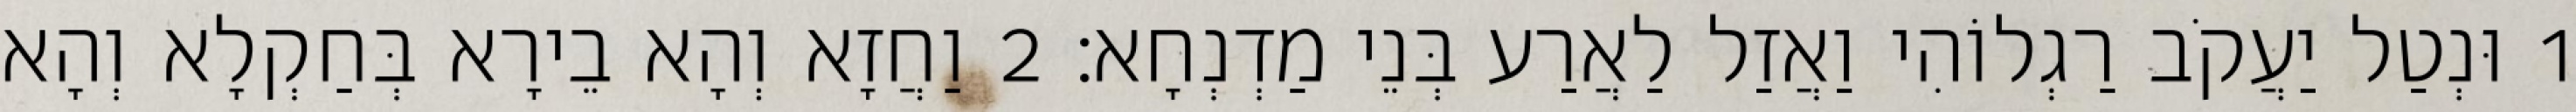
1 וּנְטַל יַעֲקֹב רַגְלוֹהִי וַאֲזַל לַאֲרַע בְּנֵי מַדְנְחָא׃ 2 וַחֲזָא וְהָא בֵירָא בְּחַקְלָא וְהָא